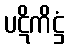
ပဋိကိဋ္ဌံ